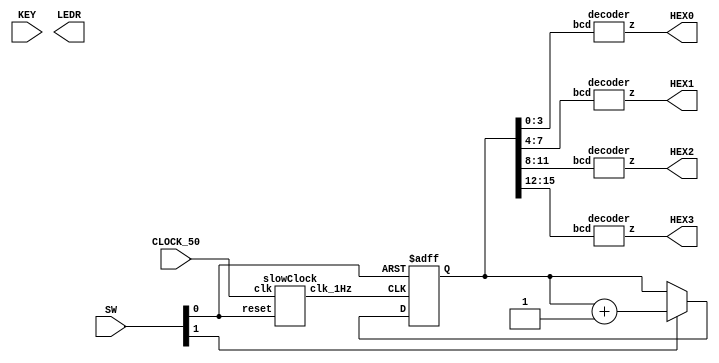
module Part3(SW,KEY,HEX0,HEX1,HEX2,HEX3,LEDR,CLOCK_50);
input [9:0] SW;
input [1:0] KEY;
input CLOCK_50;
output [6:0] HEX0,HEX1,HEX2,HEX3;
output [9:0] LEDR;

wire enable,reset;
wire [15:0] bcd;
wire [6:0] d0,d1,d2,d3;

assign clk = CLOCK_50;
assign enable = SW[1];
assign reset = SW[0];
wire clock;
slowClock  sl1(clk,reset, clock);

reg [15:0] counter_up;

always @(posedge clock or posedge reset)
begin
if(reset)
 counter_up <= 16'h0;
else if (enable)
 counter_up <= counter_up + 16'b00000001;
end
 
assign bcd = counter_up;

decoder h0(bcd[3:0],d0);
decoder h1(bcd[7:4],d1);
decoder h2(bcd[11:8],d2);
decoder h3(bcd[15:12],d3);

assign HEX0 = d0;
assign HEX1 = d1;
assign HEX2 = d2;
assign HEX3 = d3;
endmodule

/*
module upcounter(input clk,input [7:0]out,input enable, reset, output[7:0] counter
    );
reg [7:0] counter_up;

// up counter
always @(posedge clk or posedge reset)
begin
if(reset)
 counter_up <= 8'h0;
else if (enable)
 counter_up <= out + 8'h1;
end 
assign counter = counter_up;
endmodule
*/
//module up()

module decoder(bcd,z);
input [3:0] bcd;
output [6:0] z;
reg [6:0] z;

always @*
case (bcd)
4'b0000 :      	//Hexadecimal 0
z = 7'b1000000;
4'b0001 :    		//Hexadecimal 1
z = 7'b1111001;
4'b0010 :  		// Hexadecimal 2
z = 7'b0100100 ; 
4'b0011 : 		// Hexadecimal 3
z = 7'b0110000;
4'b0100 :		// Hexadecimal 4
z = 7'b0011001 ;
4'b0101 :		// Hexadecimal 5
z = 7'b0010010 ;  
4'b0110 :		// Hexadecimal 6
z = 7'b0000010 ;
4'b0111 :		// Hexadecimal 7
z = 7'b1111000;
4'b1000 :     		 //Hexadecimal 8
z = 7'b0000000;
4'b1001 :    		//Hexadecimal 9
z = 7'b0011000 ;
4'b1010 :  		// Hexadecimal A
z = 7'b0001000 ; 
4'b1011 : 		// Hexadecimal B
z = 7'b0000011;
4'b1100 :		// Hexadecimal C
z = 7'b1000110 ;
4'b1101 :		// Hexadecimal D
z = 7'b0100001 ;
4'b1110 :		// Hexadecimal E
z = 7'b0000110 ;
4'b1111 :		// Hexadecimal F
z = 7'b0001110 ;
endcase


endmodule

module slowClock(clk, reset, clk_1Hz);
input clk, reset;
output clk_1Hz;

reg clk_1Hz = 1'b0;
reg [27:0] counter;

always@(posedge reset or posedge clk)
begin
    if (reset == 1'b1)
        begin
            clk_1Hz <= 0;
            counter <= 0;
        end
    else
        begin
            counter <= counter + 1;
            if ( counter == 25_000_000)
                begin
                    counter <= 0;
                    clk_1Hz <= ~clk_1Hz;
                end
        end
end
endmodule